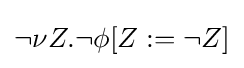
\neg \nu Z.\neg \phi [Z:=\neg Z]